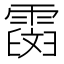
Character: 𩅒